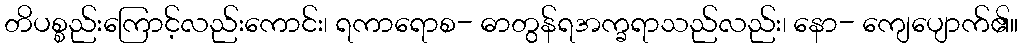
တိပစ္စည်းကြောင့်လည်းကောင်း၊ ရကာရောစ- ဓာတွန်ရအက္ခရာသည်လည်း၊ နော- ကျေပျောက်၏။